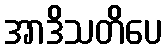
အာဒိသတိပေ